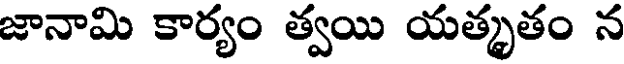
జానామి కార్యం త్వయి యత్కృతం న